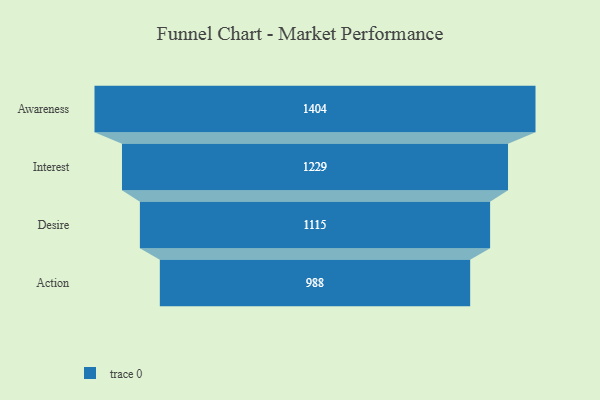
{"axis": {"x": "Stage", "y": "Value"}, "legend": [""], "data": [{"x": "Awareness", "y": 1404.0, "type": ""}, {"x": "Interest", "y": 1229.0, "type": ""}, {"x": "Desire", "y": 1115.0, "type": ""}, {"x": "Action", "y": 988.0, "type": ""}]}